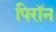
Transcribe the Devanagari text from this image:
पिरॉन